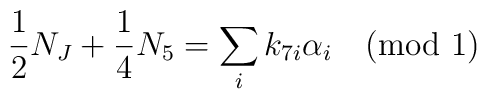
{1\over 2}N_J+{1\over 4}N_5=\sum_i k_{7i}\alpha_i \quad (\mbox{mod\ 1})